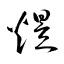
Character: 煜